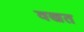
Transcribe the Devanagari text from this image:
वखत